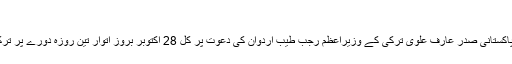
”
نو منتخب پاکستانی صدر عارف علوی ترکی کے وزیراعظم رجب طیب اردوان کی دعوت پر کل 28 اکتوبر بروز اتوار تین روزہ دورے پر ترکی پہنچے۔